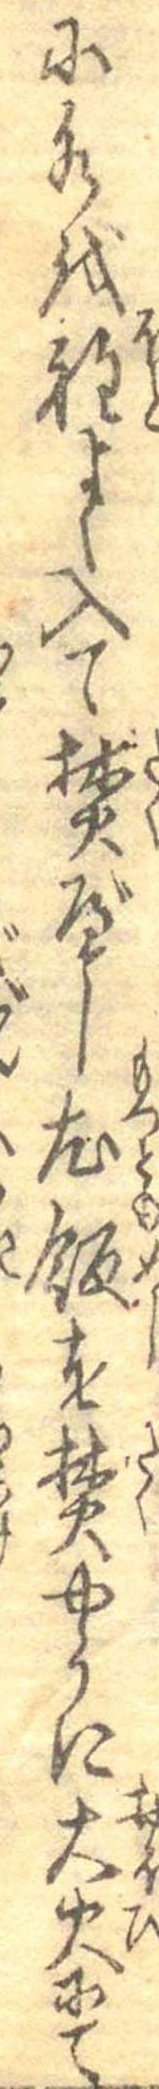
に水を程よく入て焚べし尤飯を焚やうに大火にて